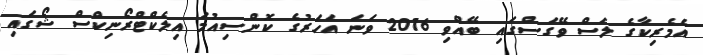
އެމެރިކާގެ ލަސް ވޭގަސްގައި ބޭއްވި 2016 ވަނަ އަހަރުގެ ކޮންސިއުމަ އިލެކްޓްރޯނިކްސް ޝޯގައި